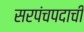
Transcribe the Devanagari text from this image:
सरपंचपदाची